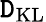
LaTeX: \mathtt{D}_{\mathrm{{KL}}}